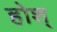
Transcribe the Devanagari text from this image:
होश्